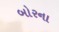
બોરના